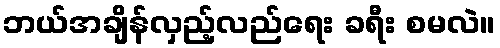
ဘယ်အချိန်လှည့်လည်ရေး ခရီး စမလဲ။